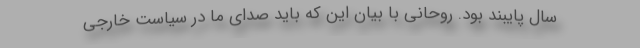
سال پایبند بود. روحانی با بیان این که باید صدای ما در سیاست خارجی